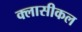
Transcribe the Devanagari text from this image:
क्लासीकल